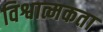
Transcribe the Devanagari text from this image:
विश्वात्मकता